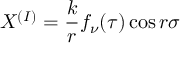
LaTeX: X ^ { ( I ) } = { \displaystyle \frac { k } { r } f _ { \nu } ( \tau ) \cos r \sigma }